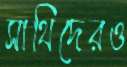
সাথিদেরও